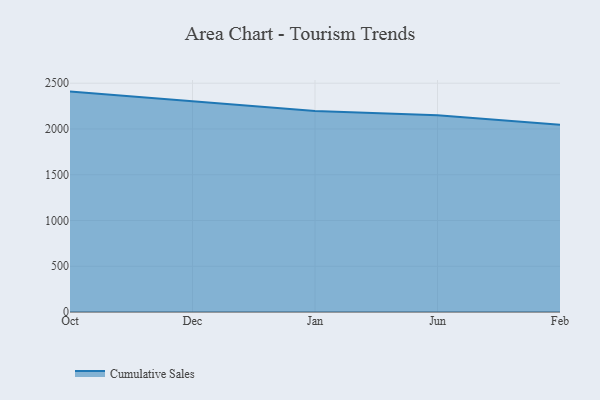
{"axis": {"x": "Month", "y": "Humidity (%)"}, "legend": ["Cumulative Sales"], "data": [{"x": "Oct", "y": 2408.5, "type": "Cumulative Sales"}, {"x": "Dec", "y": 2300.1, "type": "Cumulative Sales"}, {"x": "Jan", "y": 2197.2, "type": "Cumulative Sales"}, {"x": "Jun", "y": 2150.0, "type": "Cumulative Sales"}, {"x": "Feb", "y": 2046.5, "type": "Cumulative Sales"}]}